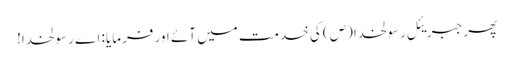
پھر جبریئل رسولخدا (ص) کی خدمت میں آئے اور فرمایا: اے رسولخدا!